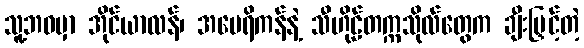
သူ့ဘဝမှာ အိုင်ယာလန်၊ အမေရိကန်နဲ့ သီဟိုဠ်တက္ကသိုလ်တွေက ချီးမြှင့်တဲ့